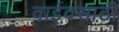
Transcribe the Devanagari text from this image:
वाईवसाठी